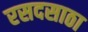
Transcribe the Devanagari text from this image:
रसदसाठा